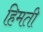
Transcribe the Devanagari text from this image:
हिमती